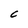
Character: C